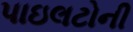
પાઇલટોની